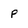
Character: P